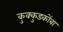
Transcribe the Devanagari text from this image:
कुक्कुडकोंबा